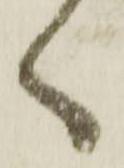
く